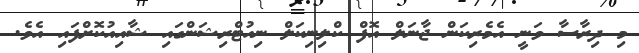
މި ދިރާސާ ވަނީ އެމެރިކަން ޖާނަލް އޮފް ކްލިނިކަލް ނިއުޓްރިޝަންގައި ޝާއިއުކޮށްފައި އެވެ.